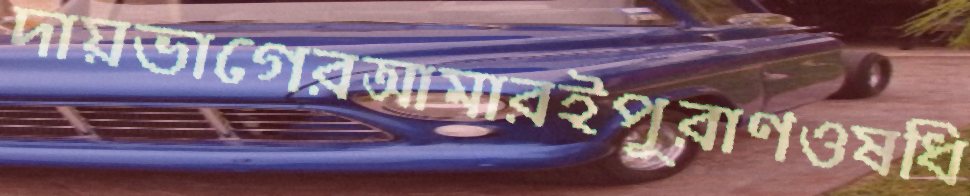
দায়ভাগেরআমারইপুরাণওষধি